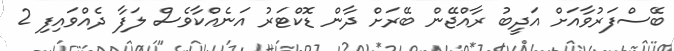
ބޭސްފަރުވާއަށް އަދީބު ރާއްޖޭން ބޭރަށް ދާން ޑޮކްޓަރު އަނެއްކާވެސް ލަފާ ދެއްވައިފި 2